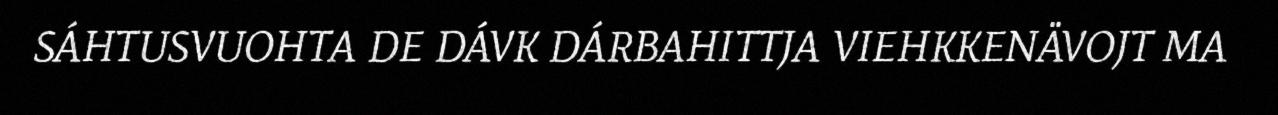
SÁHTUSVUOHTA DE DÁVK DÁRBAHITTJA VIEHKKENÄVOJT MA